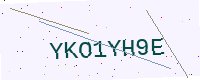
Text: YKO1YH9E